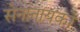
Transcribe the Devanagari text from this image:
सेनानायको